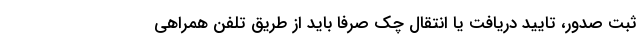
ثبت صدور، تایید دریافت یا انتقال چک صرفا باید از طریق تلفن همراهی